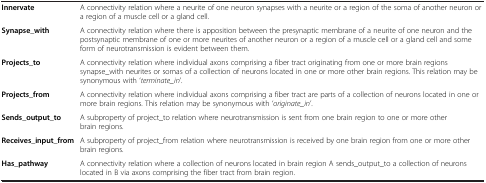
<table><thead><tr><td><b> </b></td><td><b> </b></td></tr></thead><tbody><tr><td><b>Innervate</b></td><td>A connectivity relation where a neurite of one neuron synapses with a neurite or a region of the soma of another neuron or a region of a muscle cell or a gland cell.</td></tr><tr><td><b>Synapse_with</b></td><td>A connectivity relation where there is apposition between the presynaptic membrane of a neurite of one neuron and the postsynaptic membrane of one or more neurites of another neuron or a region of a muscle cell or a gland cell and some form of neurotransmission is evident between them.</td></tr><tr><td><b>Projects_to</b></td><td>A connectivity relation where individual axons comprising a fiber tract originating from one or more brain regions synapse_with neurites or somas of a collection of neurons located in one or more other brain regions. This relation may be synonymous with ‘<i>terminate_in</i>’.</td></tr><tr><td><b>Projects_from</b></td><td>A connectivity relation where individual axons comprising a fiber tract are parts of a collection of neurons located in one or more brain regions. This relation may be synonymous with ‘<i>originate_in</i>’.</td></tr><tr><td><b>Sends_output_to</b></td><td>A subproperty of project_to relation where neurotransmission is sent from one brain region to one or more other brain regions.</td></tr><tr><td><b>Receives_input_from</b></td><td>A subproperty of project_from relation where neurotransmission is received by one brain region from one or more other brain regions.</td></tr><tr><td><b>Has_pathway</b></td><td>A connectivity relation where a collection of neurons located in brain region A sends_output_to a collection of neurons located in B via axons comprising the fiber tract from brain region.</td></tr></tbody></table>